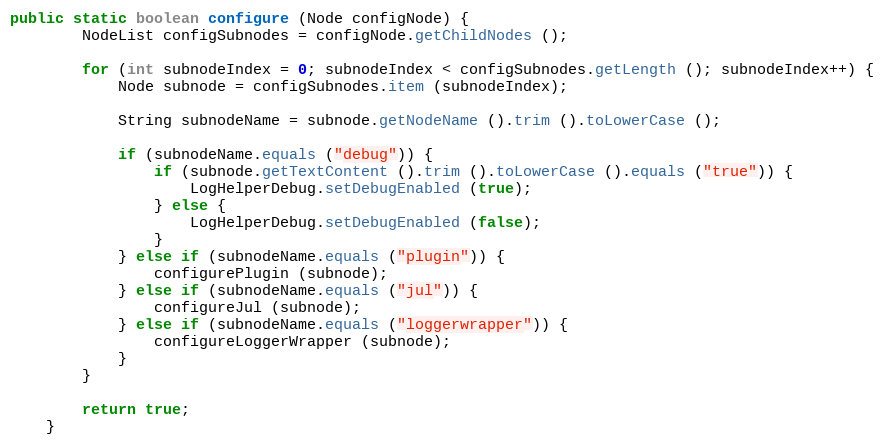
Language: Java
public static boolean configure (Node configNode) {
		NodeList configSubnodes = configNode.getChildNodes ();

		for (int subnodeIndex = 0; subnodeIndex < configSubnodes.getLength (); subnodeIndex++) {
			Node subnode = configSubnodes.item (subnodeIndex);

			String subnodeName = subnode.getNodeName ().trim ().toLowerCase ();

			if (subnodeName.equals ("debug")) {
				if (subnode.getTextContent ().trim ().toLowerCase ().equals ("true")) {
					LogHelperDebug.setDebugEnabled (true);
				} else {
					LogHelperDebug.setDebugEnabled (false);
				}
			} else if (subnodeName.equals ("plugin")) {
				configurePlugin (subnode);
			} else if (subnodeName.equals ("jul")) {
				configureJul (subnode);
			} else if (subnodeName.equals ("loggerwrapper")) {
				configureLoggerWrapper (subnode);
			}
		}

		return true;
	}